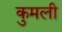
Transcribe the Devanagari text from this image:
कुमली